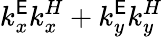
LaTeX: k_{x}^{\mathsf{E}}k_{x}^{H}+k_{y}^{\mathsf{E}}k_{y}^{H}